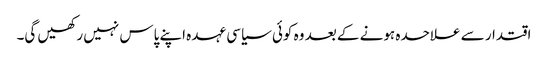
اقتدار سے علاحدہ ہونے کے بعد وہ کوئی سیاسی عہدہ اپنے پاس نہیں رکھیں گی۔